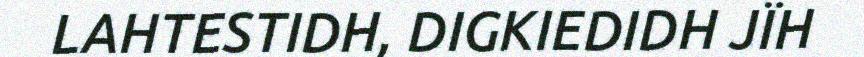
LAHTESTIDH, DIGKIEDIDH JÏH